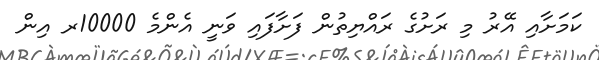
ކަމަށާއި އޭރު މި ރަށުގެ ރައްޔިތުން ފަށާފައި ވަނީ އެންމެ 10000ރ އިން